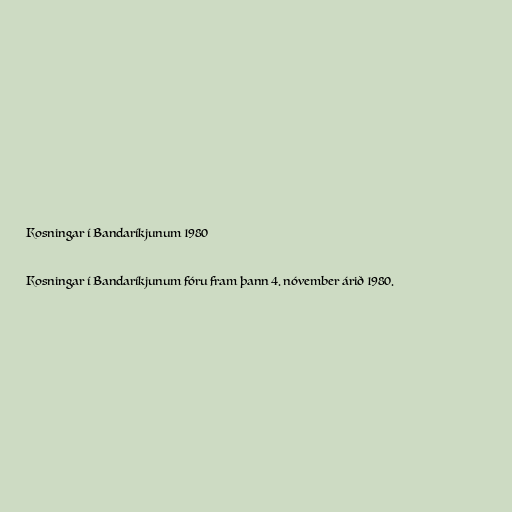
Kosningar í Bandaríkjunum 1980

Kosningar í Bandaríkjunum fóru fram þann 4. nóvember árið 1980.